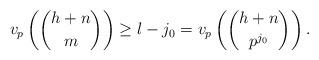
LaTeX: \begin{align*} v_p\left(\binom{h+n}{m}\right)\ge l-j_0=v_p\left(\binom{h+n}{p^{j_0}}\right).\end{align*}